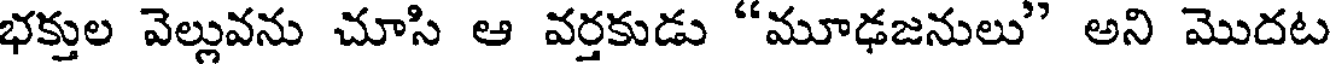
భక్తుల వెల్లువను చూసి ఆ వర్తకుడు "మూఢజనులు" అని మొదట